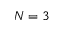
N = 3